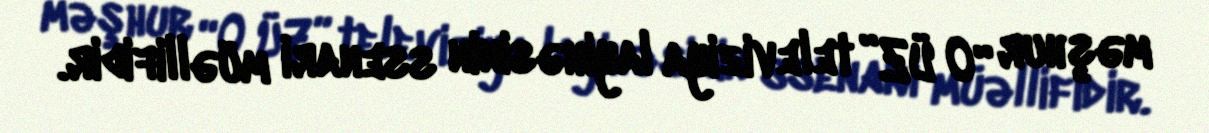
məşhur “O ÜZ” televiziya layihəsinin ssenari müəllifidir.